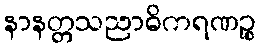
နာနတ္တသညာဓိကရဏဉ္စ